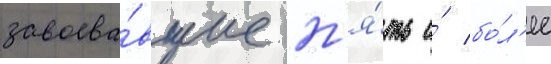
завоева́вшие п'я́ть и́ бо́л'ее